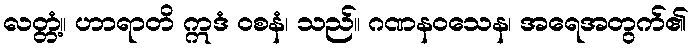
လတ္တံ့။ ဟာရာတိ ဣဒံ ဝစနံ၊ သည်။ ဂဏနဝသေန၊ အရေအတွက်၏